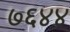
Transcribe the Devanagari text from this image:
७६४४